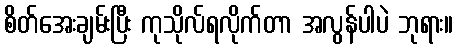
စိတ်အေးချမ်းပြီး ကုသိုလ်ရလိုက်တာ အလွန်ပါပဲ ဘုရား။